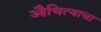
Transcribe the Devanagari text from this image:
औचित्याचा